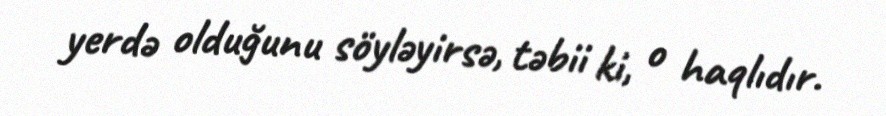
yerdə olduğunu söyləyirsə, təbii ki, o haqlıdır.